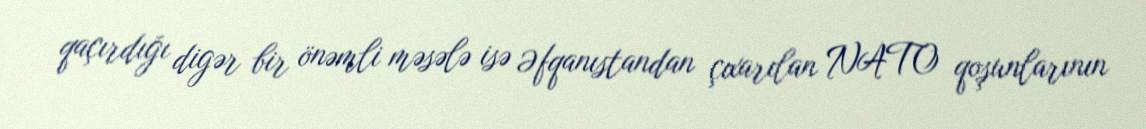
qaçırdığı digər bir önəmli məsələ isə Əfqanıstandan çıxarılan NATO qoşunlarının